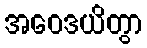
အဝေဒယိတွာ